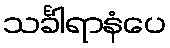
သင်္ခါရာနံပေ